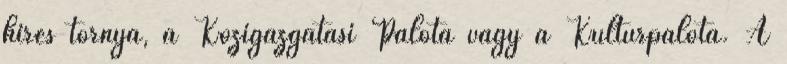
híres tornya, a Közigazgatási Palota vagy a Kultúrpalota. A